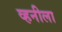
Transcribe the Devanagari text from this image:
व्हनीला